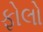
ફોલો